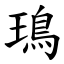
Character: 鳿